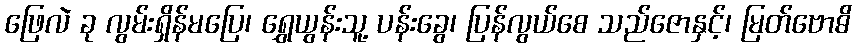
ဖြေလဲ ခု လွမ်းရှိန်မပြေ၊ ရွှေယွန်းသူ့ ပန်းခွေ၊ ပြန်လွယ်စေ သည်ဇောနှင့်၊ မြတ်ဗောဓိ